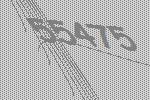
55475